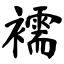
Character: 襦